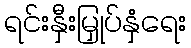
ရင်းနှီးမြှုပ်နှံရေး